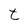
Character: t